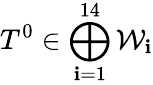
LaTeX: T^{0}\in\bigoplus_{\mathbf{i}=1}^{14}{\mathcal{W}}_{\mathbf{i}}